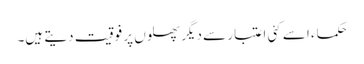
حکماء اسے کئی اعتبار سے دیگر پھلوں پر فوقیت دیتے ہیں۔